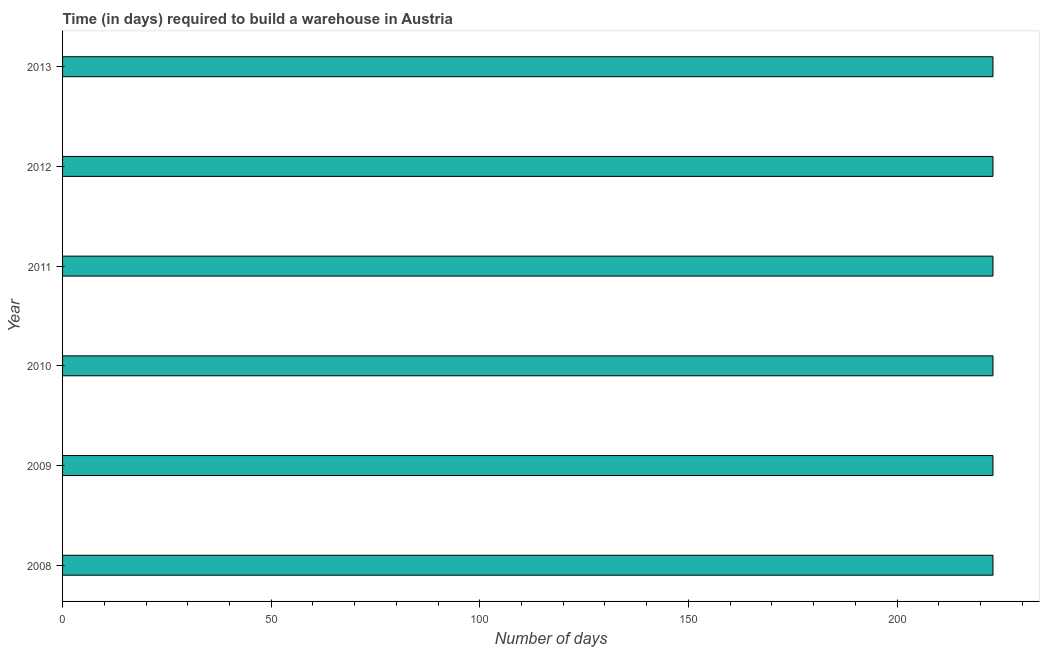
| Year | Time required to build a warehouse |
 | --- | --- |
 | 2008 | 223 |
 | 2009 | 223 |
 | 2010 | 223 |
 | 2011 | 223 |
 | 2012 | 223 |
 | 2013 | 223 |